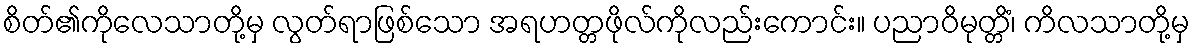
စိတ်၏ကိုလေသာတို့မှ လွတ်ရာဖြစ်သော အရဟတ္တဖိုလ်ကိုလည်းကောင်း။ ပညာဝိမုတ္တိံ၊ ကိလသာတို့မှ